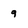
Character: 9